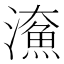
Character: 𤀸